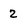
Character: 2